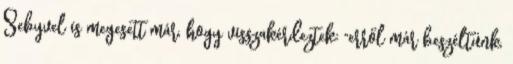
Sebyvel is megesett már, hogy visszakérdeztek: "erről már beszéltünk,